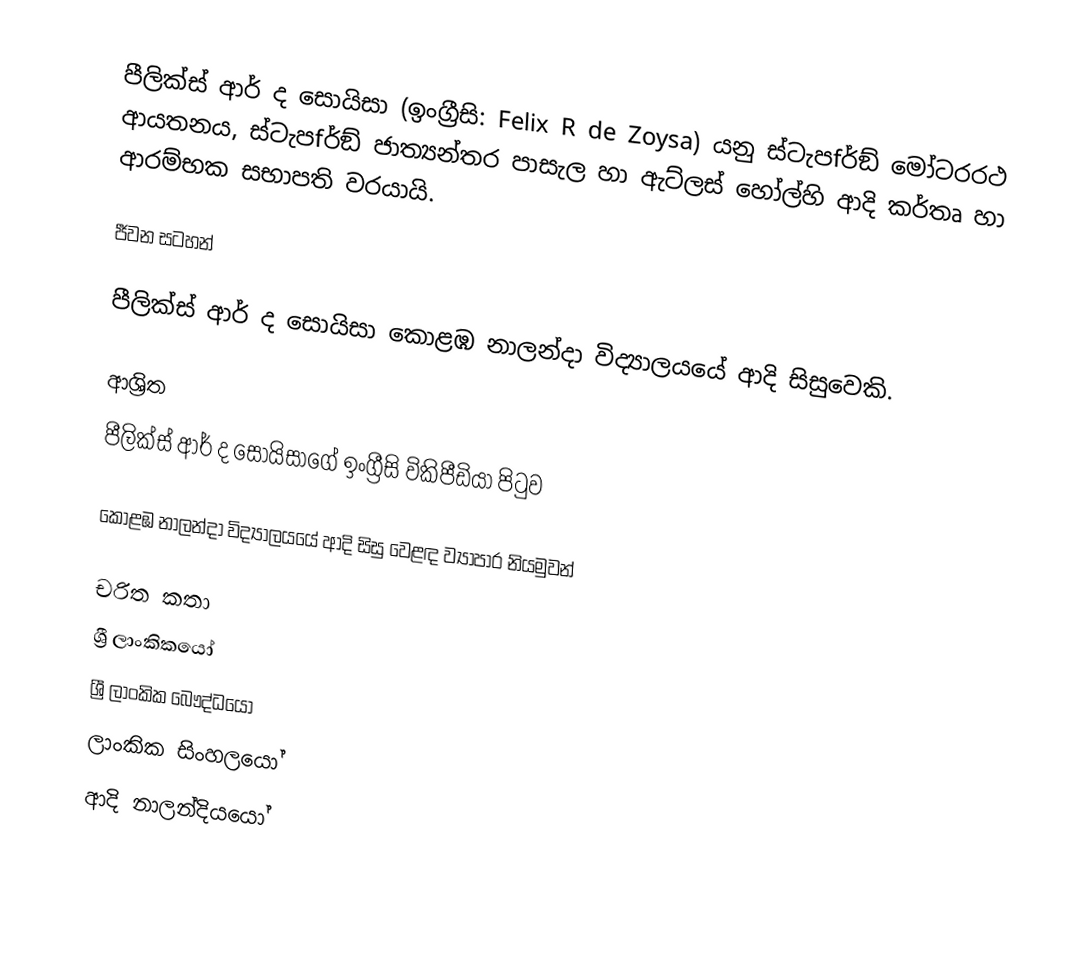
පීලික්ස් ආර් ද සොයිසා  (ඉංග්‍රීසි: Felix R de Zoysa) යනු  ස්ටැපfර්ඞ් මෝටරරථ ආයතනය, ස්ටැපfර්ඞ් ජාත්‍යන්තර පාසැල හා ඇට්ලස් හෝල්හි ආදි කර්තෘ හා ආරම්භක සභාපති  වරයායි.

ජීවන සටහන්

පීලික්ස් ආර් ද සොයිසා   කොළඹ නාලන්දා විද්‍යාලයයේ ආදි සිසුවෙකි.

ආශ්‍රිත
  පීලික්ස් ආර් ද සොයිසාගේ ඉංග්‍රීසි විකිපීඩියා පිටුව

 කොළඹ නාලන්දා විද්‍යාලයයේ ආදි සිසු වෙළඳ ව්‍යාපාර නියමුවන්

චරිත කතා
ශ්‍රී ලාංකිකයෝ
ශ්‍රී ලාංකික බෞද්ධයෝ
ලාංකික සිංහලයෝ
ආදි නාලන්දියයෝ